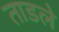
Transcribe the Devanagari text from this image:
ताडले